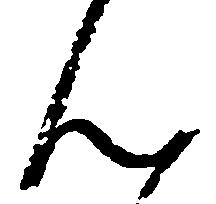
ん